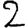
Digit: 2